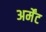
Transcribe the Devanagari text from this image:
अर्मेंट